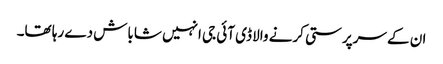
ان کے سرپرستی کرنے والا ڈی آئی جی انہیں شاباش دے رہا تھا۔